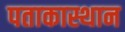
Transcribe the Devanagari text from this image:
पताकास्थान